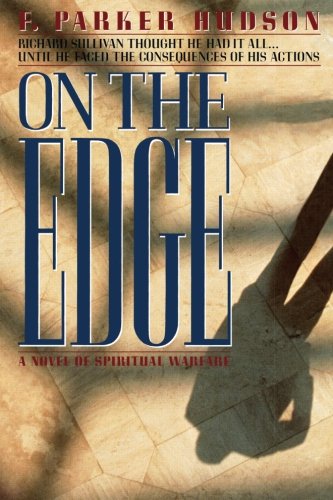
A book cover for On the Edge: A Novel of Spiritual Warfare; Parker Hudson; Christian Books & Bibles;